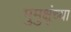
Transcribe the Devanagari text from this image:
मुमुक्षूंच्या